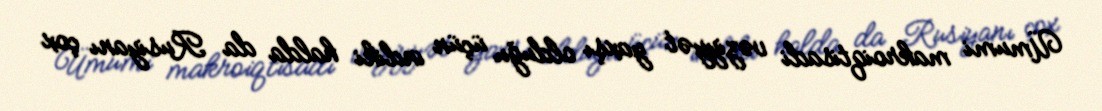
Ümumi makroiqtisadi vəziyyət yaxşı olduğu üçün indiki halda da Rusiyanı çox